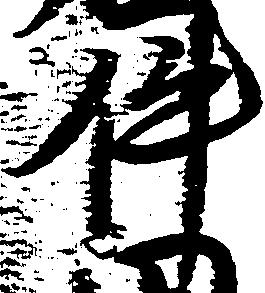
件